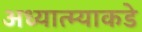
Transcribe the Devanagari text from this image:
अध्यात्म्याकडे